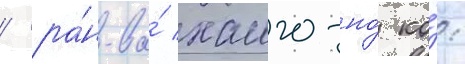
/ ра́н-ва́ хаиго-но́ ко́: